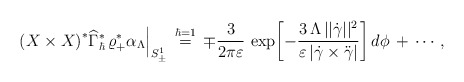
\begin{align*}\left(X \times X\right)^*\!\widehat\Gamma^*_\hbar\,\varrho_+^*\alpha_\Lambda\Big|_{S^1_\pm}\,\buildrel{\hbar=1}\over=\,\mp\frac{3}{2\pi\varepsilon}\,\exp{\!\left[-\frac{3\,\Lambda\,||\dot{\gamma}||^2}{\varepsilon \left|\dot{\gamma}\times\ddot{\gamma}\right|}\right]}\,d\phi\,+\, \cdots\,,\end{align*}